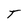
Character: T